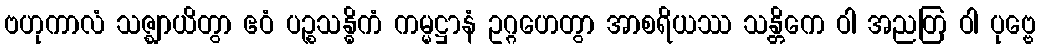
ဗဟုကာလံ သဇ္ဈာယိတွာ ဧဝံ ပဉ္စသန္ဓိကံ ကမ္မဋ္ဌာနံ ဥဂ္ဂဟေတွာ အာစရိယဿ သန္တိကေ ဝါ အညတြ ဝါ ပုဗ္ဗေ